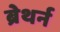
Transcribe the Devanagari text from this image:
ब्रेथर्न